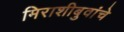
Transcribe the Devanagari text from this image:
मिराशीबुवांचे